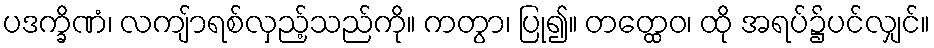
ပဒက္ခိဏံ၊ လကျ်ာရစ်လှည့်သည်ကို။ ကတွာ၊ ပြု၍။ တတ္ထေဝ၊ ထို အရပ်၌ပင်လျှင်။